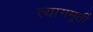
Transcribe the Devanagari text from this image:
त्यागमूर्ती